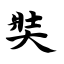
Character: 奘